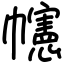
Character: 幰